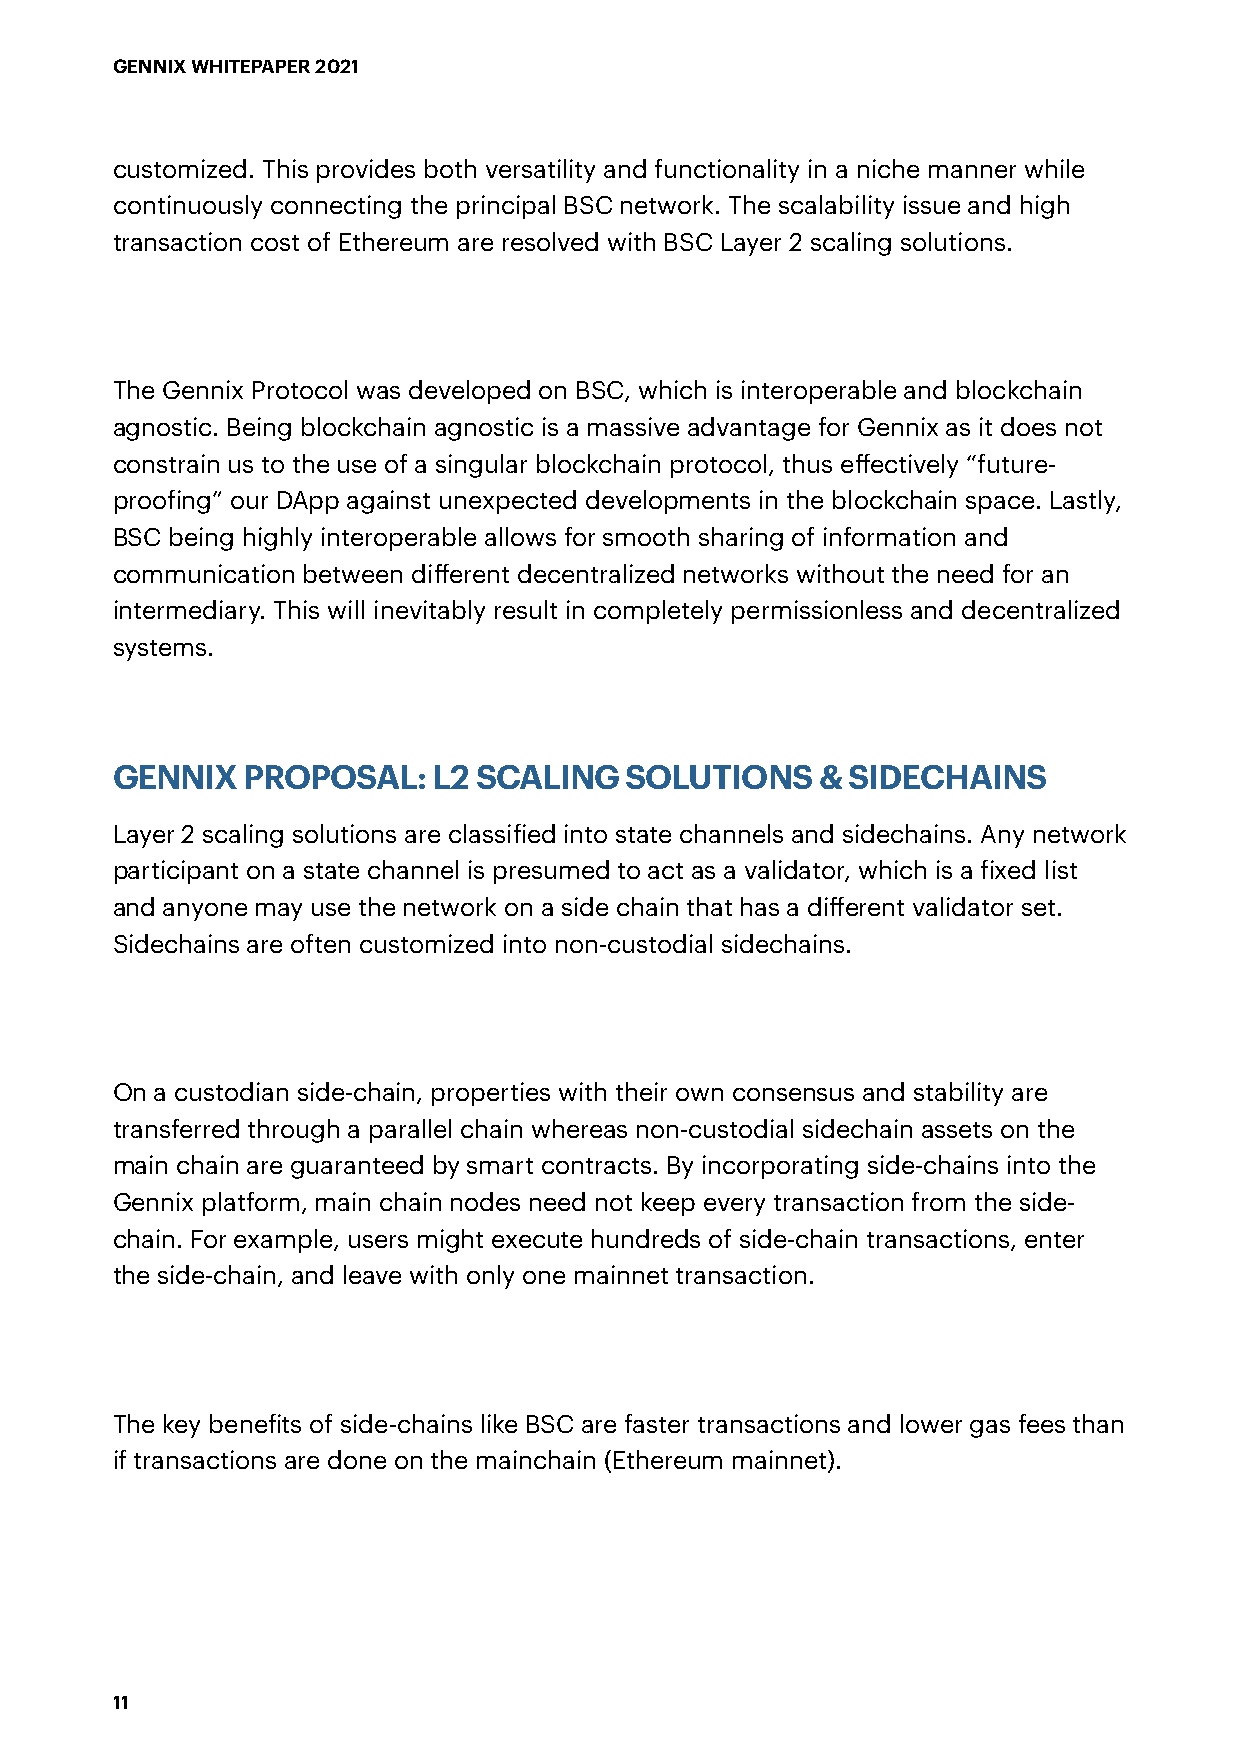
GENNIX WHITEPAPER 2021
 customized. This provides both versatility and functionality in a niche manner while
 continuously connecting the principal BSC network. The scalability issue and high
 transaction cost of Ethereum are resolved with BSC Layer 2 scaling solutions.
 The Gennix Protocol was developed on BSC, which is interoperable and blockchain
 agnostic. Being blockchain agnostic is a massive advantage for Gennix as it does not
 constrain us to the use of a singular blockchain protocol, thus effectively “future-
 proofing” our DApp against unexpected developments in the blockchain space. Lastly,
 BSC being highly interoperable allows for smooth sharing of information and
 communication between different decentralized networks without the need for an
 intermediary. This will inevitably result in completely permissionless and decentralized
 systems.
 GENNIX   PROPOSAL:    L2 SCALING  SOLUTIONS    & SIDECHAINS
 Layer 2 scaling solutions are classified into state channels and sidechains. Any network
 participant on a state channel is presumed to act as a validator, which is a fixed list
 and anyone may use the network on a side chain that has a different validator set.
 Sidechains are often customized into non-custodial sidechains.
 On a custodian side-chain, properties with their own consensus and stability are
 transferred through a parallel chain whereas non-custodial sidechain assets on the
 main chain are guaranteed by smart contracts. By incorporating side-chains into the
 Gennix platform, main chain nodes need not keep every transaction from the side-
 chain. For example, users might execute hundreds of side-chain transactions, enter
 the side-chain, and leave with only one mainnet transaction.
 The key benefits of side-chains like BSC are faster transactions and lower gas fees than
 if transactions are done on the mainchain (Ethereum mainnet).
 11